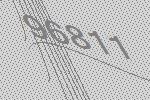
96811